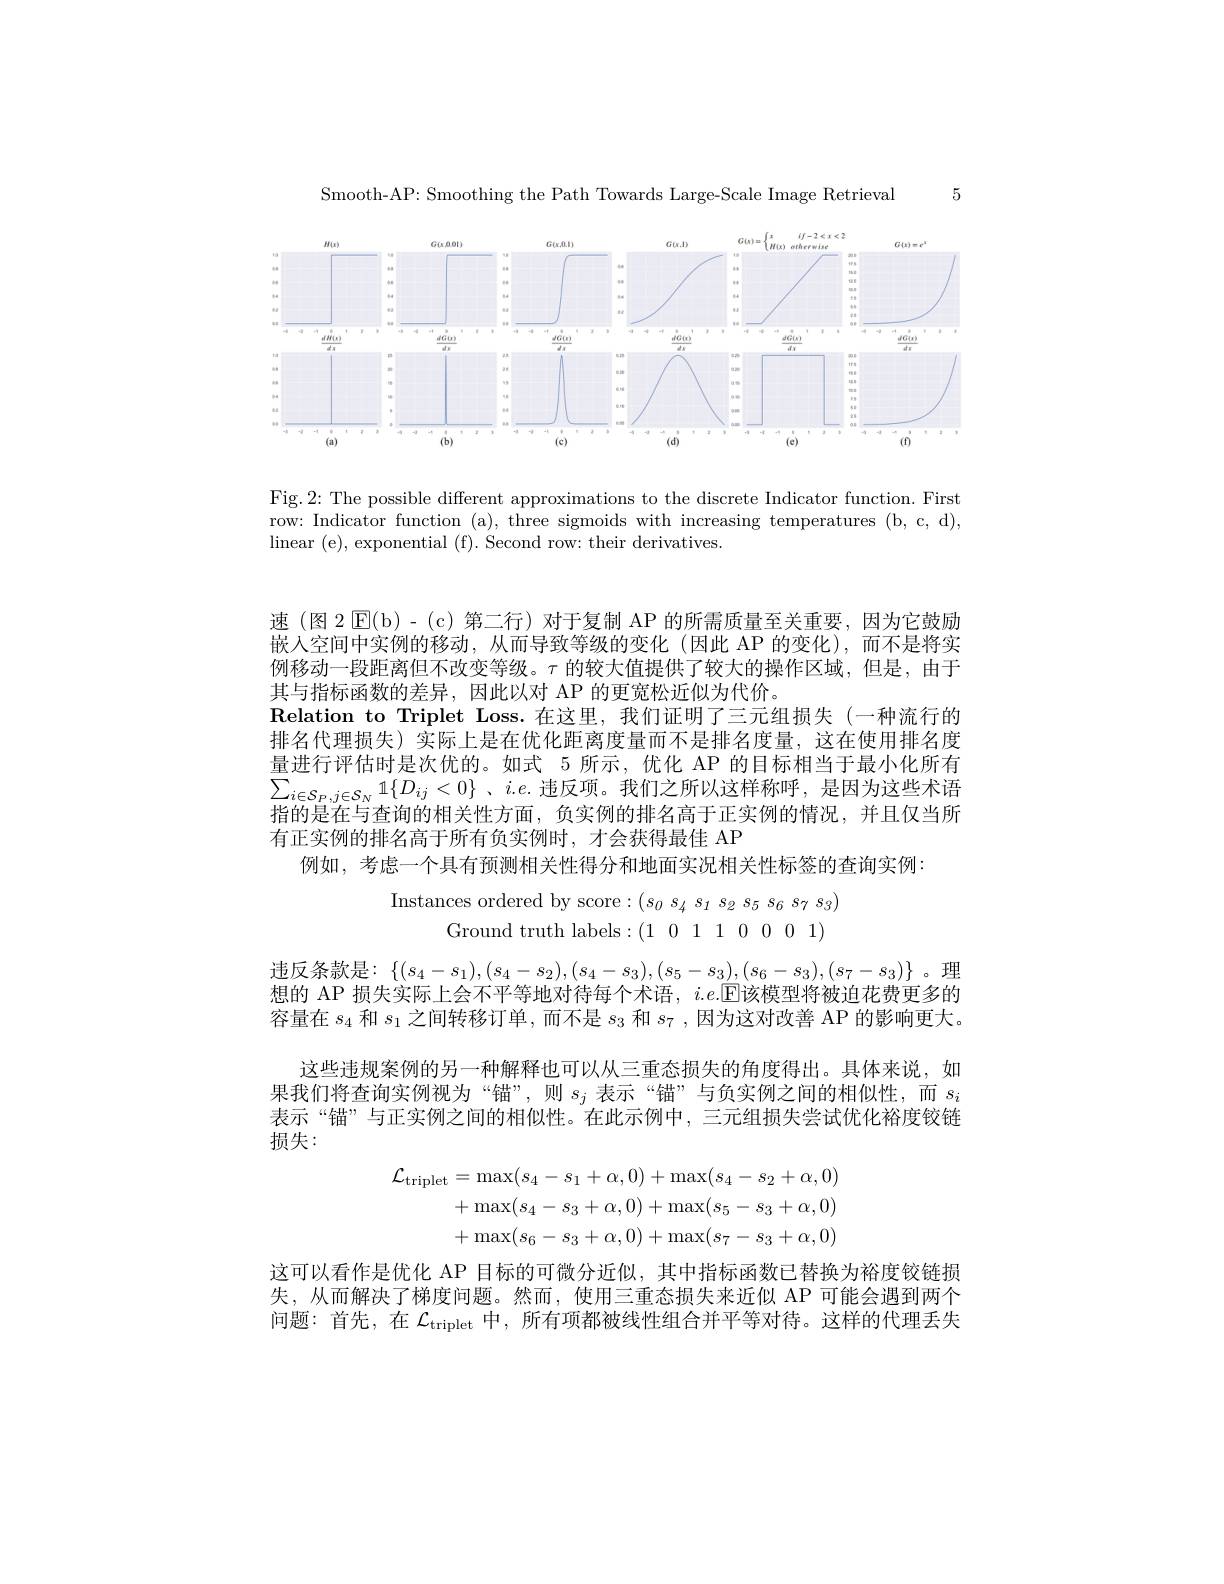
5

Smooth-AP: Smoothing the Path Towards Large-Scale Image Retrieval

<FigureHere>

Fig. 2: The possible different approximations to the discrete Indicator function. First row: Indicator function (a), three sigmoids with increasing temperatures (b, c, d), linear (e), exponential (f). Second row: their derivatives.

速(图 2$\operatorname{E}($b)-(c)第二行)对于复制 AP 的所需质量至关重要，因为它鼓励嵌入空间中实例的移动，从而导致等级的变化(因此 AP 的变化),而不是将实例移动一段距离但不改变等级。$\tau$的较大值提供了较大的操作区域，但是，由于其与指标函数的差异，因此以对 AP 的更宽松近似为代价。
$\textbf{Relation to Triplet Loss. 在 这 里 , 我 们 证 明 了 三 元 组 损 失 ( 一 种 流 行 的 }$ 排名代理损失)实际上是在优化距离度量而不是排名度量，这在使用排名度量进行评估时是次优的。如式 5 所示，优化 AP 的目标相当于最小化所有$\sum_{i\in\mathcal{S}_P,j\in\mathcal{S}_N}1\{D_{ij}<0\}$、$i.e.$违反项。我们之所以这样称呼，是因为这些术语指的是在与查询的相关性方面，负实例的排名高于正实例的情况，并且仅当所有正实例的排名高于所有负实例时，才会获得最佳 AP
例如，考虑一个具有预测相关性得分和地面实况相关性标签的查询实例：
$$\mathrm{stances~ordered~by~score:~(s_{0}~s_{4}~s_{1}~s_{2}~s_{5}~s_{6}~s_{7}~s_{3}}\\\mathrm{Ground~truth~labels:~(1~0~1~1~0~0~0~1)}$$
违反条款是：$\{(s_4-s_1),(s_4-s_2),(s_4-s_3),(s_5-s_3),(s_6-s_3),(s_7-s_3)\}$。理想的 AP 损失实际上会不平等地对待每个术语，$i.e.$E该模型将被迫花费更多的容量在$s_{4}$和$s_1$之间转移订单，而不是$s_3$和$s_7$,因为这对改善 AP 的影响更大。
这些违规案例的另一种解释也可以从三重态损失的角度得出。具体来说，如果我们将查询实例视为“锚”,则$s_j$表示“锚”与负实例之间的相似性，而$s_i$ 表示“锚”与正实例之间的相似性。在此示例中，三元组损失尝试优化裕度铰链损失：
$$\begin{aligned}\mathcal{L}_{\mathrm{triplet}}&=\max(s_{4}-s_{1}+\alpha,0)+\max(s_{4}-s_{2}+\alpha,0)\\&+\max(s_{4}-s_{3}+\alpha,0)+\max(s_{5}-s_{3}+\alpha,0)\\&+\max(s_{6}-s_{3}+\alpha,0)+\max(s_{7}-s_{3}+\alpha,0)\end{aligned}$$
这可以看作是优化 AP 目标的可微分近似，其中指标函数已替换为裕度铰链损失，从而解决了梯度问题。然而，使用三重态损失来近似 AP 可能会遇到两个间题：首先，在$\mathcal{L}_\mathrm{triplet}$中，所有项都被线性组合并平等对待。这样的代理丢失